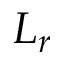
L _ { r }